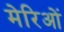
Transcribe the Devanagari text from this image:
मेरिओं